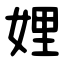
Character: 娌